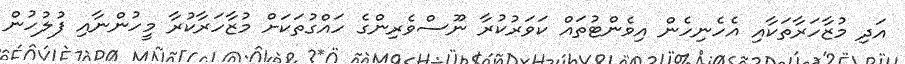
އަދި މުޒާހަރާތަކާއި އެހެނިހެން އިވެންޓުތައް ކަވަރުކުރާ ނޫސްވެރިންގެ ހައްގުތަކަށް މުޒާހަރާކުރާ މީހުންނާއި ފުލުހުން